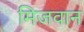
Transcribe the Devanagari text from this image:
मिजवान